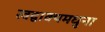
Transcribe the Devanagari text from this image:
त्वद्वाक्यमधुना